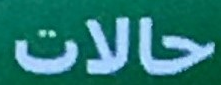
حالات